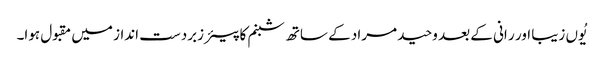
یُوں زیبا اور ر انی کے بعد وحید مراد کے ساتھ شبنم کا پیئر زبردست انداز میں مقبول ہوا۔